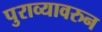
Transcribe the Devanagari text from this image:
पुराव्यावरुन